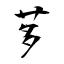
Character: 茤